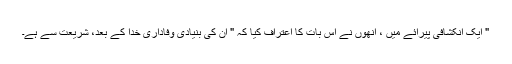
" ایک انکشافی پیرائے میں ، انھوں نے اس بات کا اعتراف کیا کہ " ان کی بنیادی وفاداری خدا کے بعد، شریعت سے ہے۔